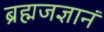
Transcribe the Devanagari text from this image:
ब्रह्मजज्ञानं